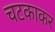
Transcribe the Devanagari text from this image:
चटकाकर